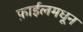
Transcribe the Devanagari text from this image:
फ़ाईलमधून